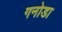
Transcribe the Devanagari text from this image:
गनोडा